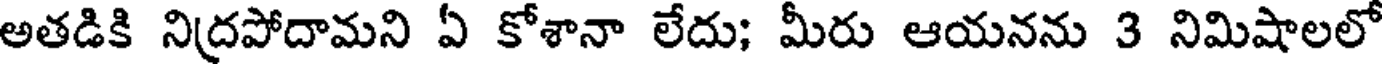
అతడికి నిద్రపోదామని ఏ కోశానా లేదు; మీరు ఆయనను 3 నిమిషాలలో